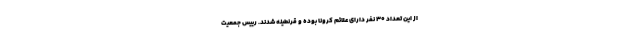
از این تعداد ۳۰ نفر دارای علائم کرونا بوده و قرنطینه شدند. رییس جمعیت